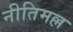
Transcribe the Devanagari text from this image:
नीतिमल्ल